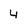
Character: 4